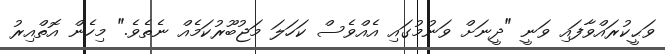
ވަޙީކުރައްވާފައި ވަނީ "ދީނަށް ވަނުމުގައި އެއްވެސް ކަހަލަ މަޖުބޫރުކަމެއް ނެތެވެ." މިހެން އޮތްއިރު